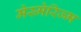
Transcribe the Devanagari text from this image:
मेस्मेरिज्म